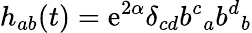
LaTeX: h_{ab}(t)=\mathrm{e}^{2\alpha}\delta_{cd}{b^{c}}_{a}{b^{d}}_{b}